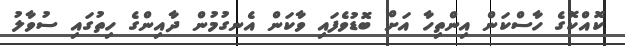
ކޮއްކޮގެ ހާސްކަން އިންތިހާ އަށް ބޮޑުވެފައި ވާކަން އެނގުމުން ދާއިންގެ ހިތުގައި ސުވާލު